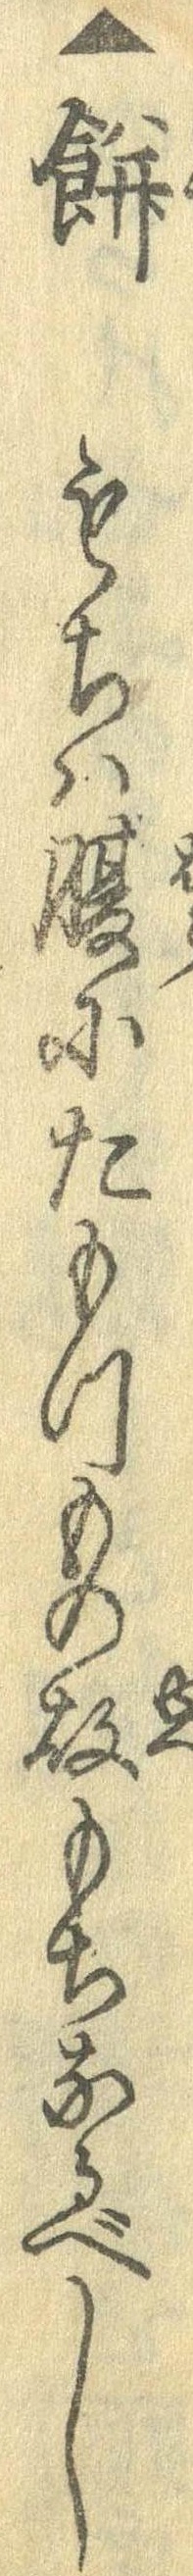
▲餅もちは腹にたもつもの故もちなるべし